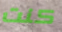
كنت